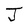
Character: J